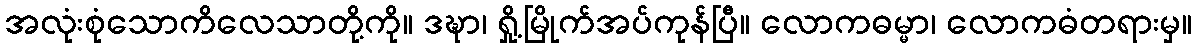
အလုံးစုံသောကိလေသာတို့ကို။ ဒဍ္ဎာ၊ ရှို့မြိုက်အပ်ကုန်ပြီ။ လောကဓမ္မာ၊ လောကဓံတရားမှ။